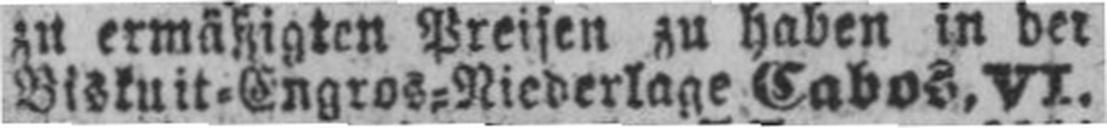
Biskuit=Engros=Niederlage Cabos, VI.